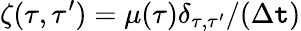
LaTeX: \zeta(\tau,\tau^{\prime})=\mu(\tau)\delta_{\tau,\tau^{\prime}}/(\Delta\mathtt{t})